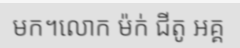
មក។លោក ម៉ក់ ជីតូ អគ្គ